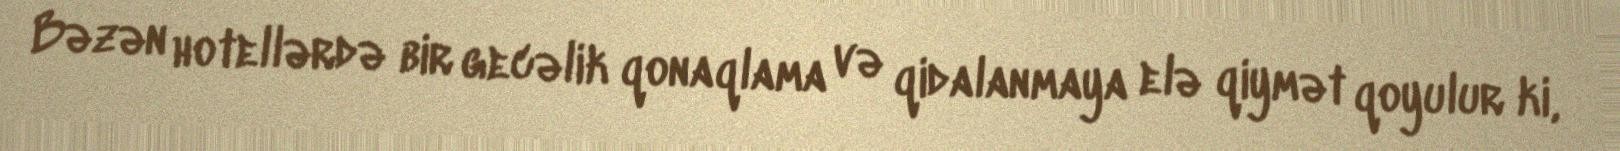
Bəzən hotellərdə bir gecəlik qonaqlama və qidalanmaya elə qiymət qoyulur ki,